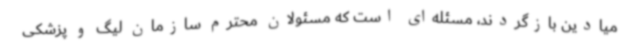
میادین بازگردند، مسئله‌ای است که مسئولان محترم سازمان لیگ و پزشکی